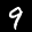
Label: 9